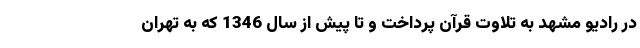
در رادیو مشهد به تلاوت قرآن پرداخت و تا پیش از سال 1346 که به تهران